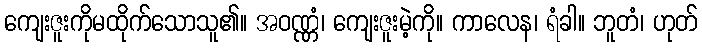
ကျေးဇူးကိုမထိုက်သောသူ၏။ အဝဏ္ဏံ၊ ကျေးဇူးမဲ့ကို။ ကာလေန၊ ရံခါ။ ဘူတံ၊ ဟုတ်